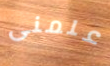
علمنى